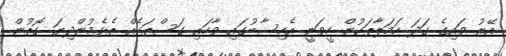
އޭރު ވައިގެ ގަދަ ހަމަލާތަކުން ހީވަނީ އެހިސާބުގައި ވާހައި ގަސްތަކެއް ތެޅެމުންދިޔަ ގޮތުން